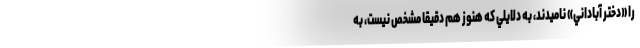
را «دختر آباداني» ناميدند، به دلايلي كه هنوز هم دقيقا مشخص نيست، به